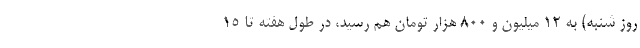
روز شنبه) به ۱۲ میلیون و ۸۰۰ هزار تومان هم رسید، در طول هفته تا ۱۵